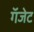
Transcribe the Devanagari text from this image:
गॅजेट